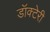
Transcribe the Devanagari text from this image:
डॉक्टेरी